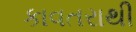
કાવતરાથી